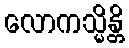
လောကသ္မိန္တိ